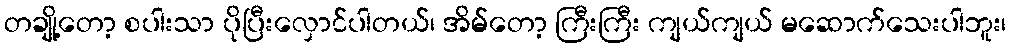
တချို့တော့ စပါးသာ ပိုပြီးလှောင်ပါတယ်၊ အိမ်တော့ ကြီးကြီး ကျယ်ကျယ် မဆောက်သေးပါဘူး၊